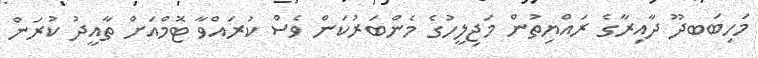
މަހިބަބދޫ ދާއިރާގެ ރައްޔިތުން މަޖިލީހުގެ މެންބަރުކަން ވެސް ކުރައްވާ ޓޮމްއަށް ތާއީދު ކުރަން